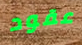
عقود